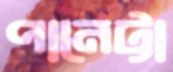
পানেট্টা